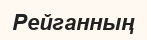
Рейганның